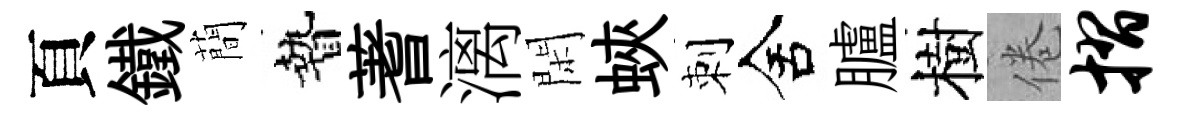
頁鐵蕳贄蓍漓閑蛺刺舍臚樹倦摺